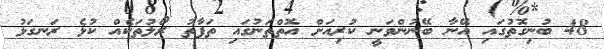
48 ބުނިގޮތުގައި އޭނާ ބޭނުންވަނީ ކުރިއަށް އޮތްތަނުގައި ތަފާތު ރޯލުތަކެއް ކުޅެ ރަނގަޅު